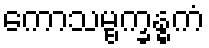
ကောသမ္ဗက္ခန္ဓကံ